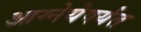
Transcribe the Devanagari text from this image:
आग्नेयेपर्यंत